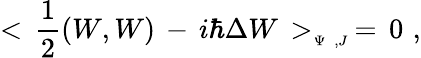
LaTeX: <\, {\frac{1}{2}}(W,W)\, -\, i\hbar\Delta W\, >_{_{\Psi\, \, ,J}}\, =\, 0\, \, ,